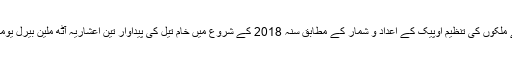
تیل برآمد کرنے والے ملکوں کی تنظیم اوپیک کے اعداد و شمار کے مطابق سنہ 2018 کے شروع میں خام تیل کی پیداوار تین اعشاریہ آٹھ ملین بیرل یومیہ تک پہنچ گئی تھی۔